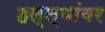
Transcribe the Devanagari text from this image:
हल्ल्यांवर